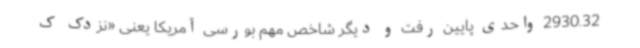
2930.32 واحدی پایین رفت و دیگر شاخص مهم بورسی آمریکا یعنی «نزدک ک